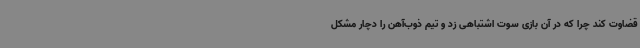
قضاوت کند چرا که در آن بازی سوت اشتباهی زد و تیم ذوب‌آهن را دچار مشکل